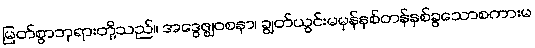
မြတ်စွာဘုရားတို့သည်။ အဒွေဇ္ဈဝစနာ၊ ချွတ်ယွင်းမမှန်နှစ်တန်နှစ်ခွသောစကားမ